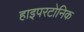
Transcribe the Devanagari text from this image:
हाइपरटोनिक